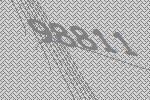
98811